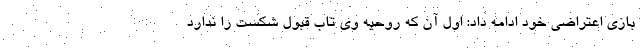
بازی اعتراضی خود ادامه داد: اول آن که روحیه وی تاب قبول شکست را ندارد